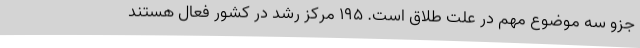
جزو سه موضوع مهم در علت طلاق است. 195 مرکز رشد در کشور فعال هستند